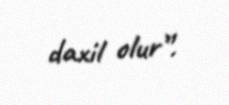
daxil olur”.